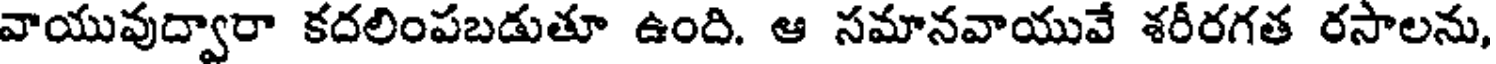
వాయువుద్వారా కదలింపబడుతూ ఉంది. ఆ సమానవాయువే శరీరగత రసాలను,